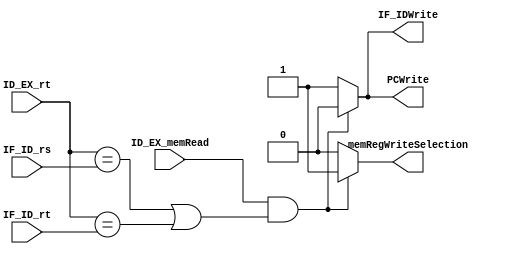
module hazard_detection_unit (
    input ID_EX_memRead,
    input [4:0] ID_EX_rt,
    input [4:0] IF_ID_rs,
    input [4:0] IF_ID_rt,
    output reg PCWrite,
    output reg IF_IDWrite,
    output reg memRegWriteSelection
);

  always @(*) begin
    if (ID_EX_memRead && ((ID_EX_rt == IF_ID_rs) || (ID_EX_rt == IF_ID_rt))) begin
      PCWrite = 0;
      IF_IDWrite = 0;
      memRegWriteSelection = 1;
    end else begin
      PCWrite = 1;
      IF_IDWrite = 1;
      memRegWriteSelection = 0;
    end
  end
endmodule